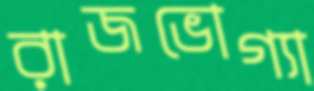
রাজভোগ্যা